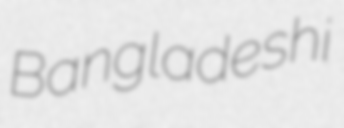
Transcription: Bangladeshi